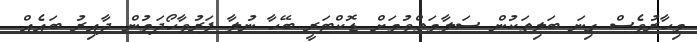
މިހާރުވެސް ގިނަ ބަލިތަކުން ސަލާމަތްވުމަށް ޑޮކްޓަރީ ބޭހާ ނުލާ ފަރުވާހޯދަމުން ދާއިރު ބައެއް